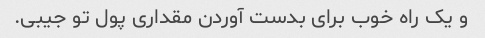
و یک راه خوب برای بدست آوردن مقداری پول تو جیبی.